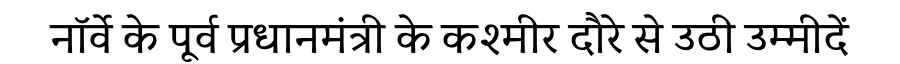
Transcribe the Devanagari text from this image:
नॉर्वे के पूर्व प्रधानमंत्री के कश्मीर दौरे से उठी उम्मीदें